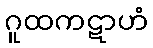
ဂူထကဋာဟံ